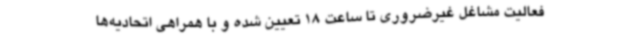
فعالیت مشاغل غیرضروری تا ساعت 18 تعیین شده و با همراهی اتحادیه‌ها